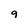
Character: 9